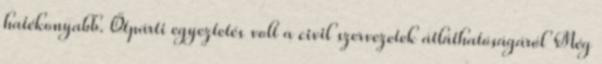
hatékonyabb. Ötpárti egyeztetés volt a civil szervezetek átláthatóságáról Még